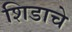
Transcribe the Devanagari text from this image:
शिडाचे